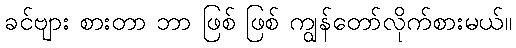
ခင်ဗျား စားတာ ဘာ ဖြစ် ဖြစ် ကျွန်တော်လိုက်စားမယ်။